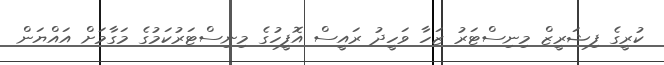
ކުރީގެ ފިޝަރީޒް މިނިސްޓަރު ޒަހާ ވަހީދު ރައީސް އޮފީހުގެ މިނިސްޓަރުކަމުގެ މަގާމަށް އައްޔަން